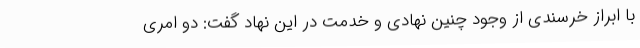
با ابراز خرسندی از وجود چنین نهادی و خدمت در این نهاد گفت: دو امری